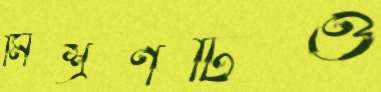
মিশ্রণটিও